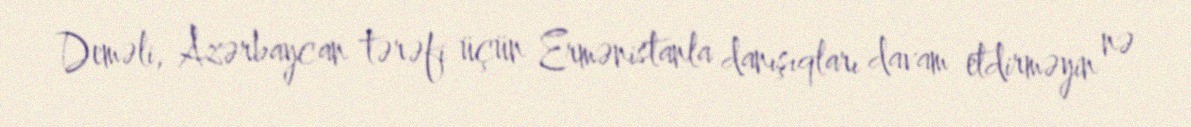
Deməli, Azərbaycan tərəfi üçün Ermənistanla danışıqları davam etdirməyin nə